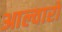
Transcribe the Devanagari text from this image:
आल्वारों